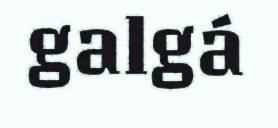
galgá